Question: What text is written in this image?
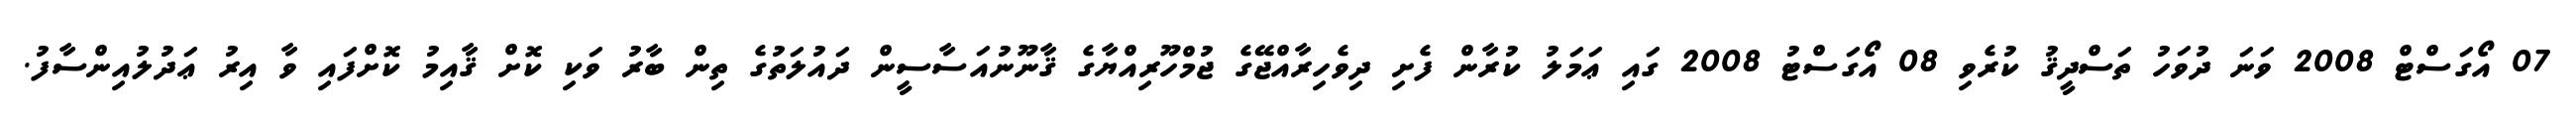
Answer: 07 އޯގަސްޓް 2008 ވަނަ ދުވަހު ތަސްދީޤު ކުރެވި 08 އޯގަސްޓު 2008 ގައި ޢަމަލު ކުރާން ފެށި ދިވެހިރާއްޖޭގެ ޖުމްހޫރިއްޔާގެ ޤާނޫނުއަސާސީން ދައުލަތުގެ ތިން ބާރު ވަކި ކޮށް ޤާއިމު ކޮށްފައި ވާ އިރު ޢަދުލުއިންސާފު.